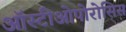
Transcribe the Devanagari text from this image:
ऑस्टीओपोरोसिस